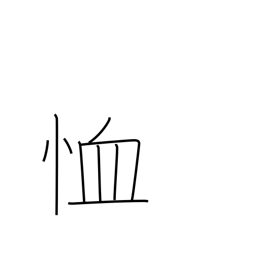
Meaning: have mercy